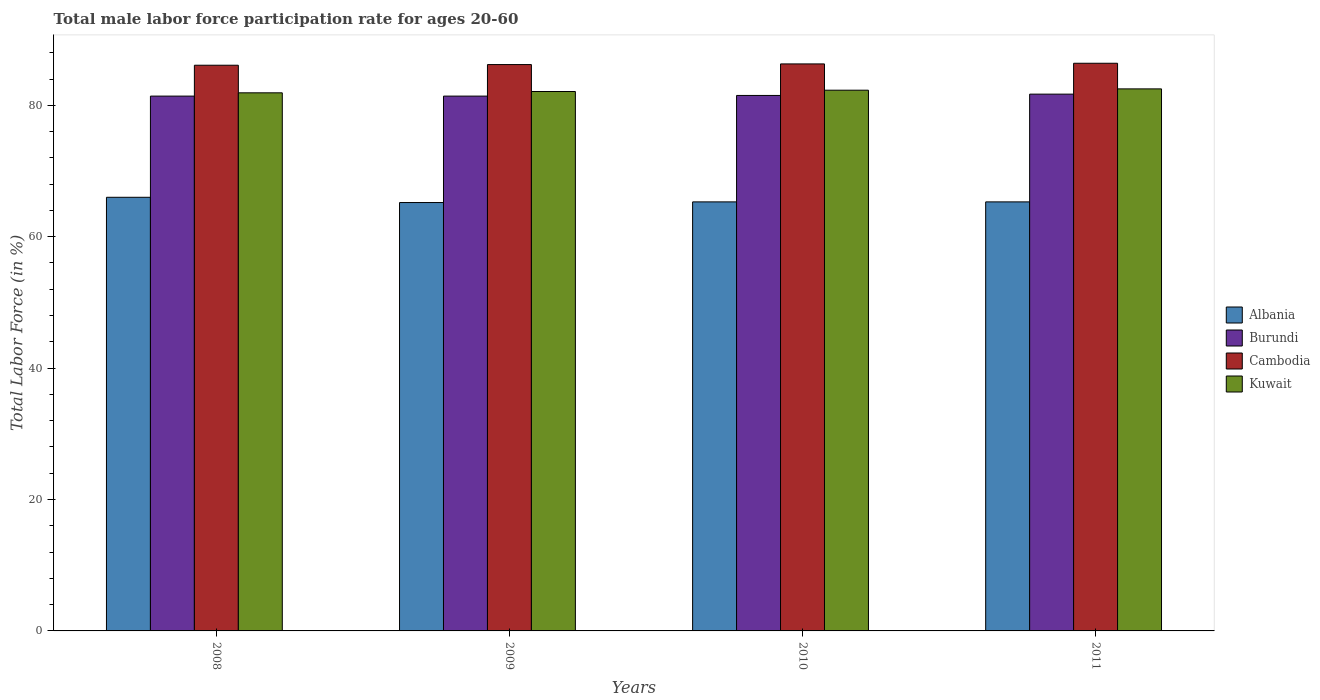
| Years | Albania | Burundi | Cambodia | Kuwait |
 | --- | --- | --- | --- | --- |
 | 2008 | 66 | 81.4 | 86.1 | 81.9 |
 | 2009 | 65.2 | 81.4 | 86.2 | 82.1 |
 | 2010 | 65.3 | 81.5 | 86.3 | 82.3 |
 | 2011 | 65.3 | 81.7 | 86.4 | 82.5 |